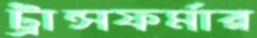
ট্রান্সফর্মার